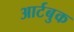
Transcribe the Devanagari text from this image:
आर्टबुक